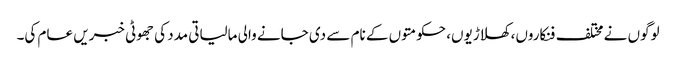
لوگوں نے مختلف فنکاروں، کھلاڑیوں، حکومتوں کے نام سے دی جانے والی مالیاتی مدد کی جھوٹی خبریں عام کی۔